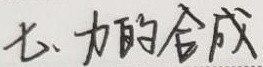
七、力的合成